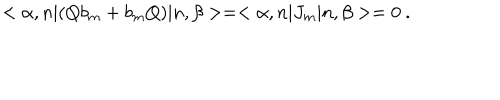
< \alpha , n | ( Q b _ { m } + b _ { m } Q ) | n , \beta > = < \alpha , n | J _ { m } | n , \beta > = 0 ~ .